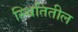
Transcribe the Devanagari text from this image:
स्थितितील